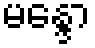
မန္ဒော